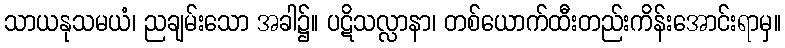
သာယနုသမယံ၊ ညချမ်းသော အခါ၌။ ပဋိသလ္လာနာ၊ တစ်ယောက်ထီးတည်းကိန်းအောင်းရာမှ။